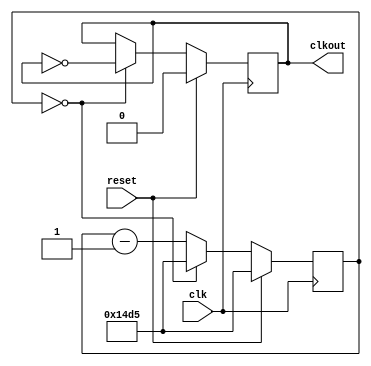
module div_freq2 #(
              parameter   fi     = 100000000,        //<- fFPGA/2=fi  
              parameter   fs	 = 18750     //<- flckout=fs
  )(input clk, output reg clkout,input reset);





reg [31:0] count;
initial count<= fi/fs;

always @(posedge  clk)
begin
	if (reset) 
	begin
	
	count <= fi/fs;
	clkout <=0;
	end
	else 	
	begin
	;
		
		if (count==0)begin
			clkout <=~clkout;
			count <= fi/fs;
		end	
		else begin
		count <=count-1;
		end

	end
end


endmodule